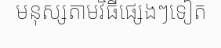
មនុស្សតាមវិធីផ្សេងៗទៀត